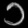
Digit: ၁